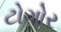
ટોગોર